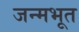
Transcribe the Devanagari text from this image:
जन्मभूत